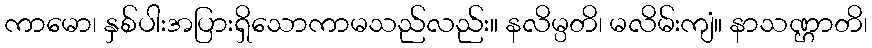
ကာမော၊ နှစ်ပါးအပြားရှိသောကာမသည်လည်း။ နလိမ္ပတိ၊ မလိမ်းကျံ။ နာသဏ္ဌာတိ၊